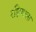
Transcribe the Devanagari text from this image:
रझियाला